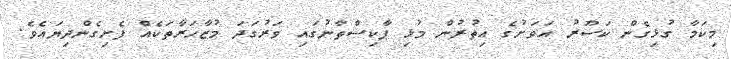
މިކަމާ ގުޅިގެން ކަސޫރު އަވަށުގެ އިތުރުން މުޅި ޕާކިސްތާނުގައި ވަރުގަދަ މުޒާހަރާތަކެއް ފެށިގެންދިޔައެވެ.